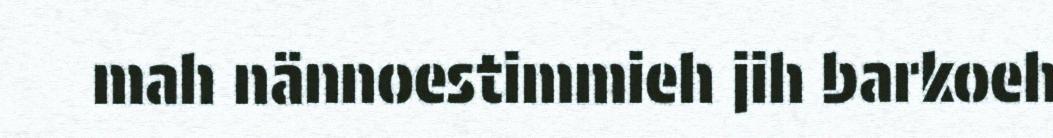
mah nännoestimmieh jih barkoeh